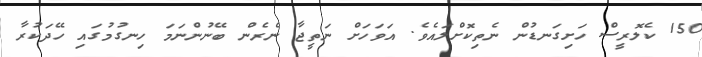
150 ކެލޮރީސް ހަށިގަނޑުން ނެތިކޮށްލައެވެ. އަވަހަށް ނަތީޖާ ނެރެން ބޭނުންނަމަ ހިނގުމުގައި ހޭދަކުރާ